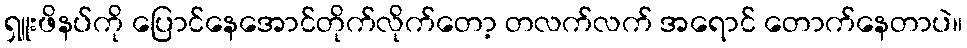
ရှူးဖိနပ်ကို ပြောင်နေအောင်တိုက်လိုက်တော့ တလက်လက် အရောင် တောက်နေတာပဲ။